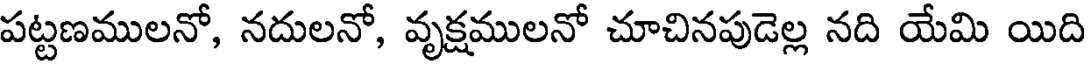
పట్టణములనో, నదులనో, వృక్షములనో చూచినపుడెల్ల నది యేమి యిది